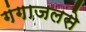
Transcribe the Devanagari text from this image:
गंगाजलसे